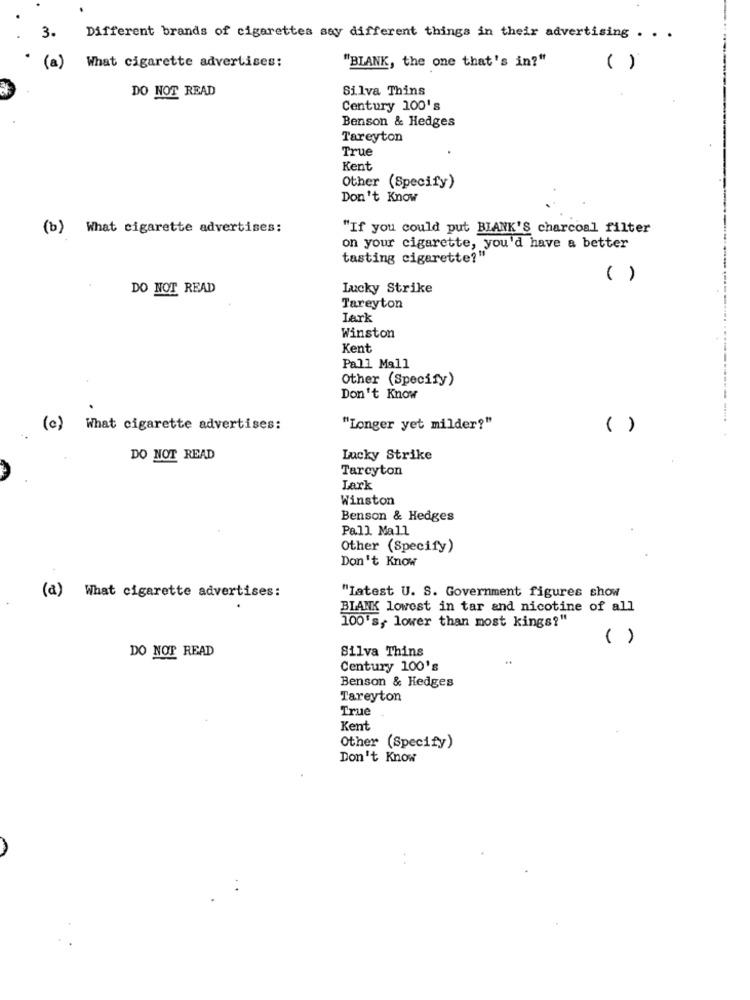
3.
Different brands of cigarettes say different things in their advertising . . .
What cigarette advertises:
(a)
"BLANK, the one that's in?"
( )
DO NOT READ
Silva Thins
Century 100's
Benson & Hedges
Tareyton
True
Kent
Other (Specify)
Don't Know
(b) What cigarette advertises:
"If you could put BLANK'S charcoal filter
on your cigarette, you'd have a better
tasting cigarette?"
( )
DO NOT READ
Lucky Strike
Tareyton
Lark
Winston
Kent
Pall Mall
Other (Specify)
Don't Know
(c)
What cigarette advertises:
"Longer yet milder?"
( )
DO NOT READ
Lucky Strike
Tarcyton
Lark
Winston
Benson & Hedges
Pall Mall
Other (Specify)
Don't Know
(a)
What cigarette advertises:
"Iatest U. S. Government figures show
BIANK lowest in tar and nicotine of all
100's, lower than most kings?"
( )
DO NOT READ
Silva Thins
..
Century 100's
Benson & Hedges
Tareyton
True
Kent
Other (Specify)
Don't Know